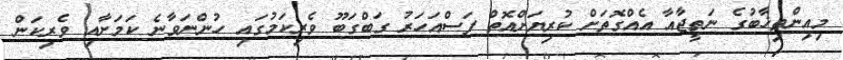
މިއިންތިޚާބުގެ ނަތީޖާއާ އެއްގޮތަށް ކުރިޔަށްއޮތް ފަސްއަހަރު ގަބްގަބޫ ވެރިކަމުގައި ހުންނަވާނެ ކަމަށާއި ވެރިކަން